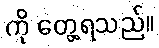
ကို တွေ့ရသည်။